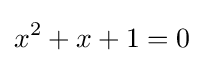
x^{2}+x+1=0